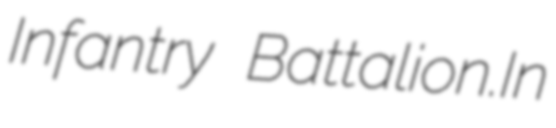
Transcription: Infantry Battalion.In